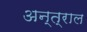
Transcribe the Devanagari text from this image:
अन्त्राल